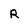
Character: R